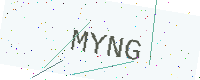
Text: MYNG